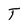
Character: T